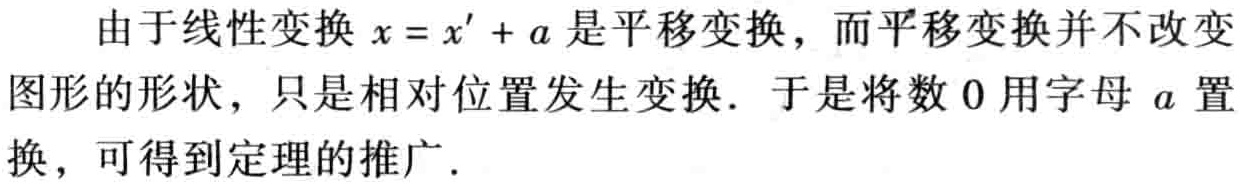
由于线性变换 \(x = x' + a\) 是平移变换，而平移变换并不改变图形的形状，只是相对位置发生变换. 于是将数 \(0\) 用字母 \(a\) 置换，可得到定理的推广.